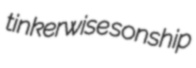
tinkerwise sonship